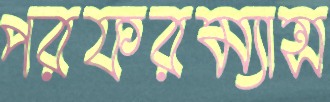
পরফরম্যান্স